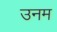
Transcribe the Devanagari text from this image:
उनम